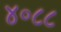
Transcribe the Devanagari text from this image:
४०८८